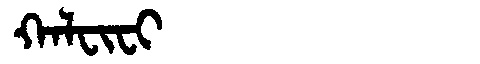
Manchu: ᡴᠠᠯᠸᡳᠸᡳ
Romanization: KALFIFI